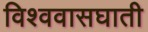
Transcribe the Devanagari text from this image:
विश्ववासघाती